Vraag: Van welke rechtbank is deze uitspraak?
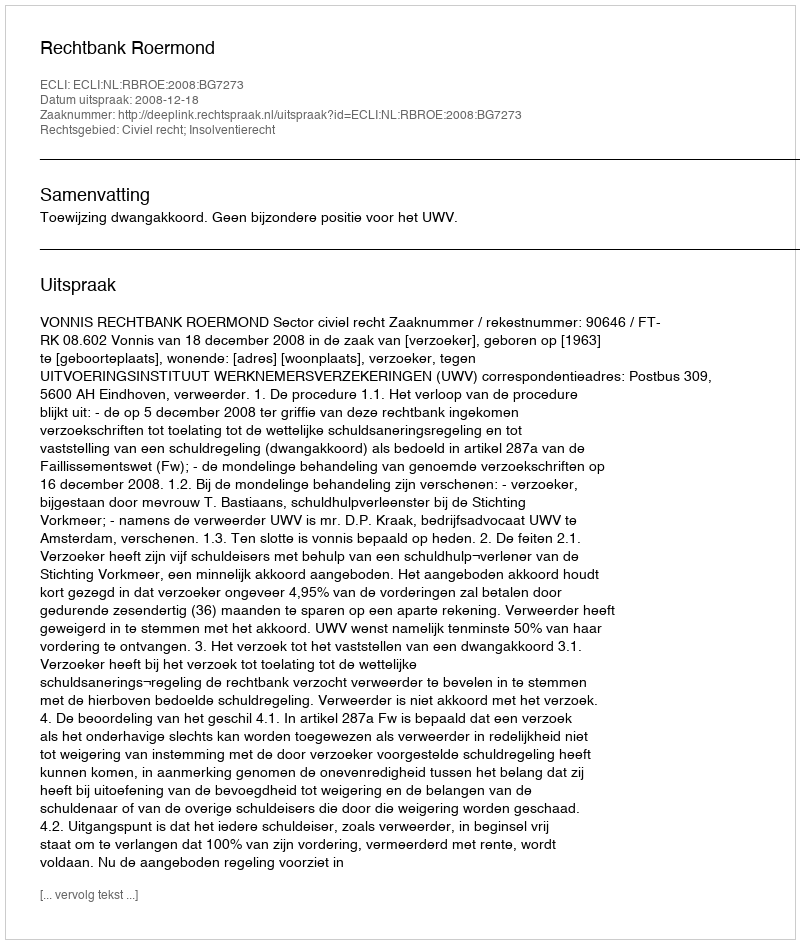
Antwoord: Rechtbank Roermond